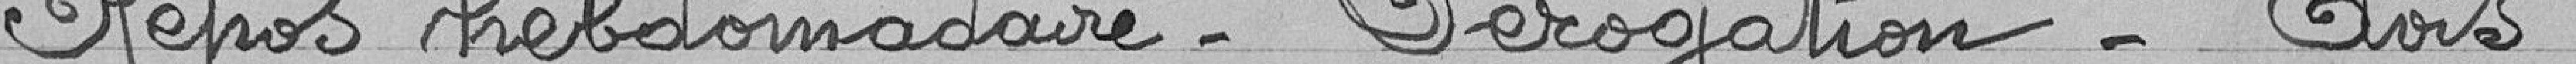
Repos hebdomadaire - Dérogation - Avis